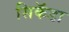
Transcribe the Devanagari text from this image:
सिकॅडा